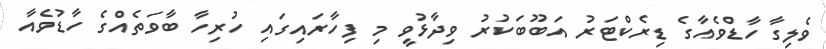
ވެލިގާ ހާޑްވެއާގެ ޑިރެކްޓަރު އަބޫބަކުރު ވިދާޅުވީ މި ފިހާރައިގައި ހުރިހާ ބާވަތެއްގެ ހާޑުވެއާ